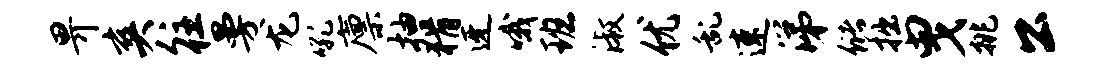
畀爽往曼龙吼廪抽猾迓哦班淑优乱速涕储拙曳挑公